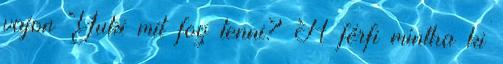
vajon Yuki mit fog tenni? A férfi mintha ki